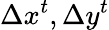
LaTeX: \Delta x^{t},\Delta y^{t}